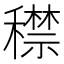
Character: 𥢻